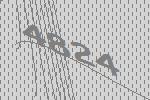
4824